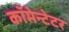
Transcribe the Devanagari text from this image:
कॉमेन्टेटर